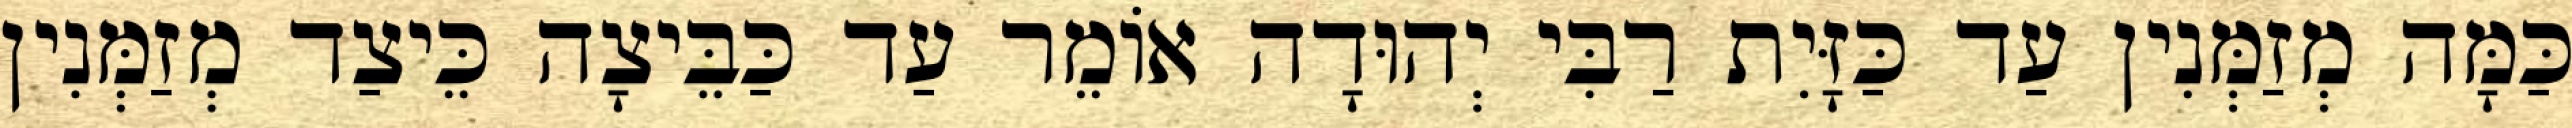
כַּמָּה מְזַמְּנִין עַד כַּזָּיִת רַבִּי יְהוּדָה אוֹמֵר עַד כַּבֵּיצָה כֵּיצַד מְזַמְּנִין